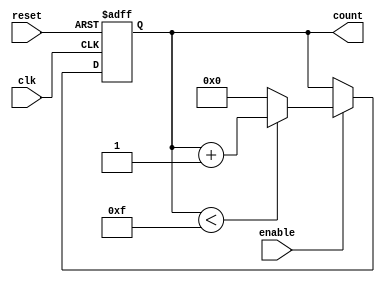
module binary_counter #(
    parameter MIN_VALUE = 0,        // Minimum value of the counter
    parameter MAX_VALUE = 15        // Maximum value of the counter
)(
    input wire clk,                 // Clock signal
    input wire reset,               // Asynchronous reset signal
    input wire enable,              // Enable signal
    output reg [$clog2(MAX_VALUE+1)-1:0] count // Current count value
);

    // Internal logic to determine the next count value
    always @(posedge clk or posedge reset) begin
        if (reset) begin
            // Reset the count to the minimum value
            count <= MIN_VALUE;
        end else if (enable) begin
            // Increment the count or wrap around
            if (count < MAX_VALUE) begin
                count <= count + 1;
            end else begin
                count <= MIN_VALUE; // Wrap around
            end
        end
    end

endmodule